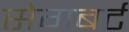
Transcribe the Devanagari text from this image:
सेगबर्ट